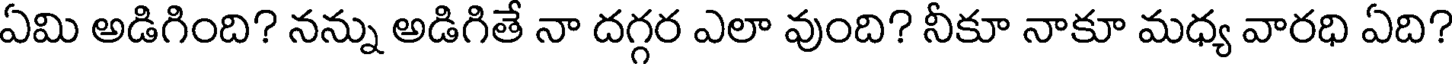
ఏమి అడిగింది? నన్ను అడిగితే నా దగ్గర ఎలా వుంది? నీకూ నాకూ మధ్య వారధి ఏది?